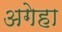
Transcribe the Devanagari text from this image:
अगेहा